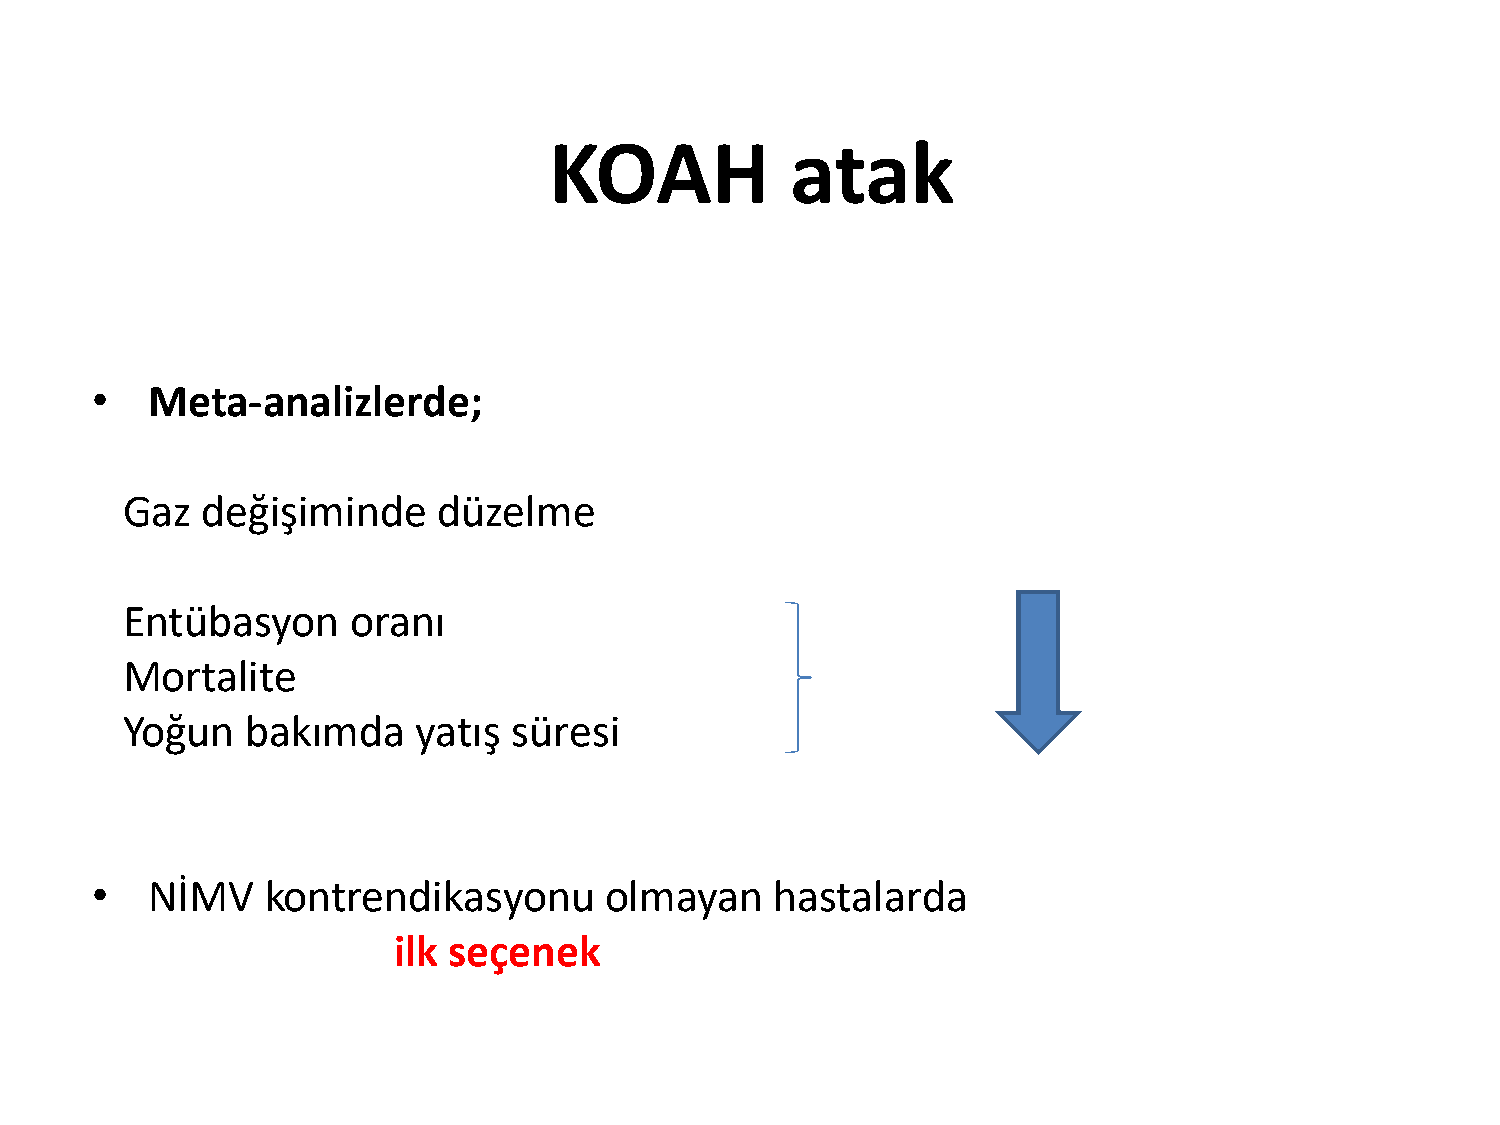
KOAH            atak
 •   Meta-analizlerde;
 Gaz  değişiminde     düzelme
 Entübasyon     oranı
 Mortalite
 Yoğun   bakımda     yatış süresi
 •   NİMV    kontrendikasyonu      olmayan    hastalarda
 ilk seçenek